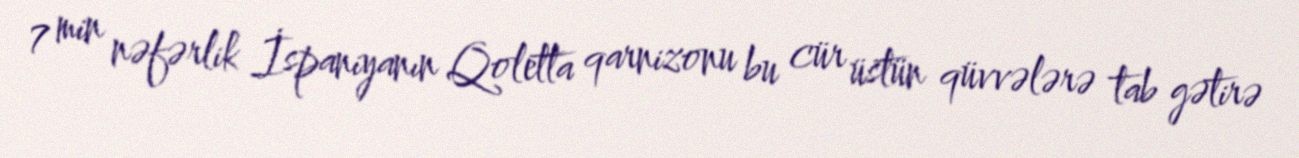
7 min nəfərlik İspaniyanın Qoletta qarnizonu bu cür üstün qüvvələrə tab gətirə